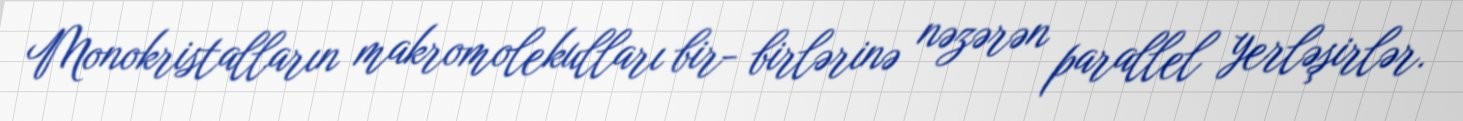
Monokristalların makromolekulları bir- birlərinə nəzərən parallel yerləşirlər.